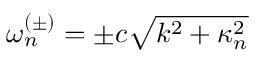
\omega _ { n } ^ { ( \pm ) } = \pm c \sqrt { k ^ { 2 } + \kappa _ { n } ^ { 2 } }